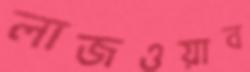
লাজওয়াব